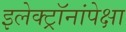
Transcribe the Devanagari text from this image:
इलेक्ट्रॉनांपेक्षा